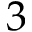
3